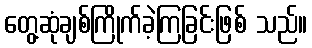
တွေ့ဆုံချစ်ကြိုက်ခဲ့ကြခြင်းဖြစ် သည်။